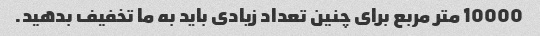
10000 متر مربع برای چنین تعداد زیادی باید به ما تخفیف بدهید.